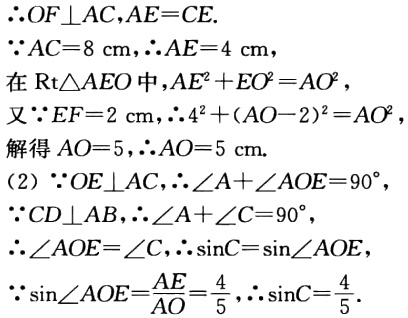
\(\therefore OF\perp AC,AE = CE.\)

\(\because AC = 8\mathrm{cm},\therefore AE = 4\mathrm{cm},\)

在\(\mathrm{Rt}\triangle AEO\)中,\(AE^{2}+EO^{2}=AO^{2},\)

又\(\because EF = 2\mathrm{cm},\therefore 4^{2}+(AO - 2)^{2}=AO^{2},\)

解得\(AO = 5,\therefore AO = 5\mathrm{cm}.\)

(2) \(\because OE\perp AC,\therefore \angle A+\angle AOE = 90^{\circ},\)

\(\because CD\perp AB,\therefore \angle A+\angle C = 90^{\circ},\)

\(\therefore \angle AOE=\angle C,\therefore \sin C=\sin\angle AOE,\)

\(\because \sin\angle AOE=\frac{AE}{AO}=\frac{4}{5},\therefore \sin C=\frac{4}{5}.\)